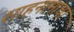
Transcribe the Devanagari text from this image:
शाहनामाचा